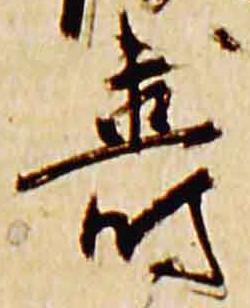
寿